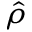
\hat { \rho }